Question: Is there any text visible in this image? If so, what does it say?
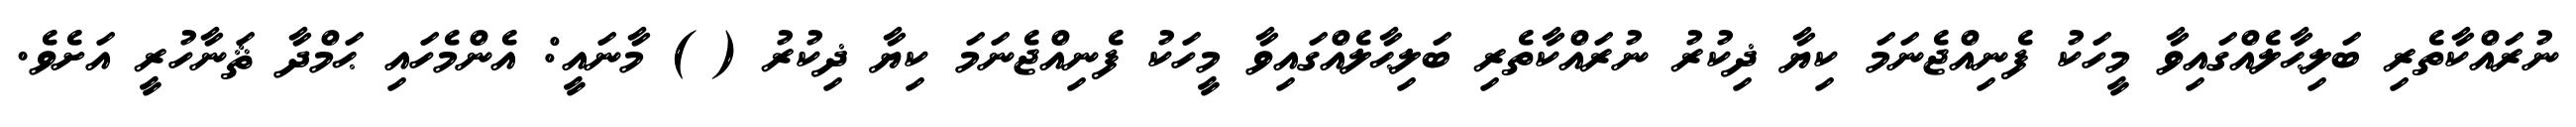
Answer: ނުރައްކާތެރި ބަލިޙާލެއްގައިވާ މީހަކު ފެނިއްޖެނަމަ ކިޔާ ޛިކުރު ނުރައްކާތެރި ބަލިޙާލެއްގައިވާ މީހަކު ފެނިއްޖެނަމަ ކިޔާ ޛިކުރު ( ) މާނައީ: އެންމެހައި ޙަމްދާ ޘަނާހުރީ އަށެވެ.